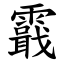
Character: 霵